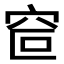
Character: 𰩆